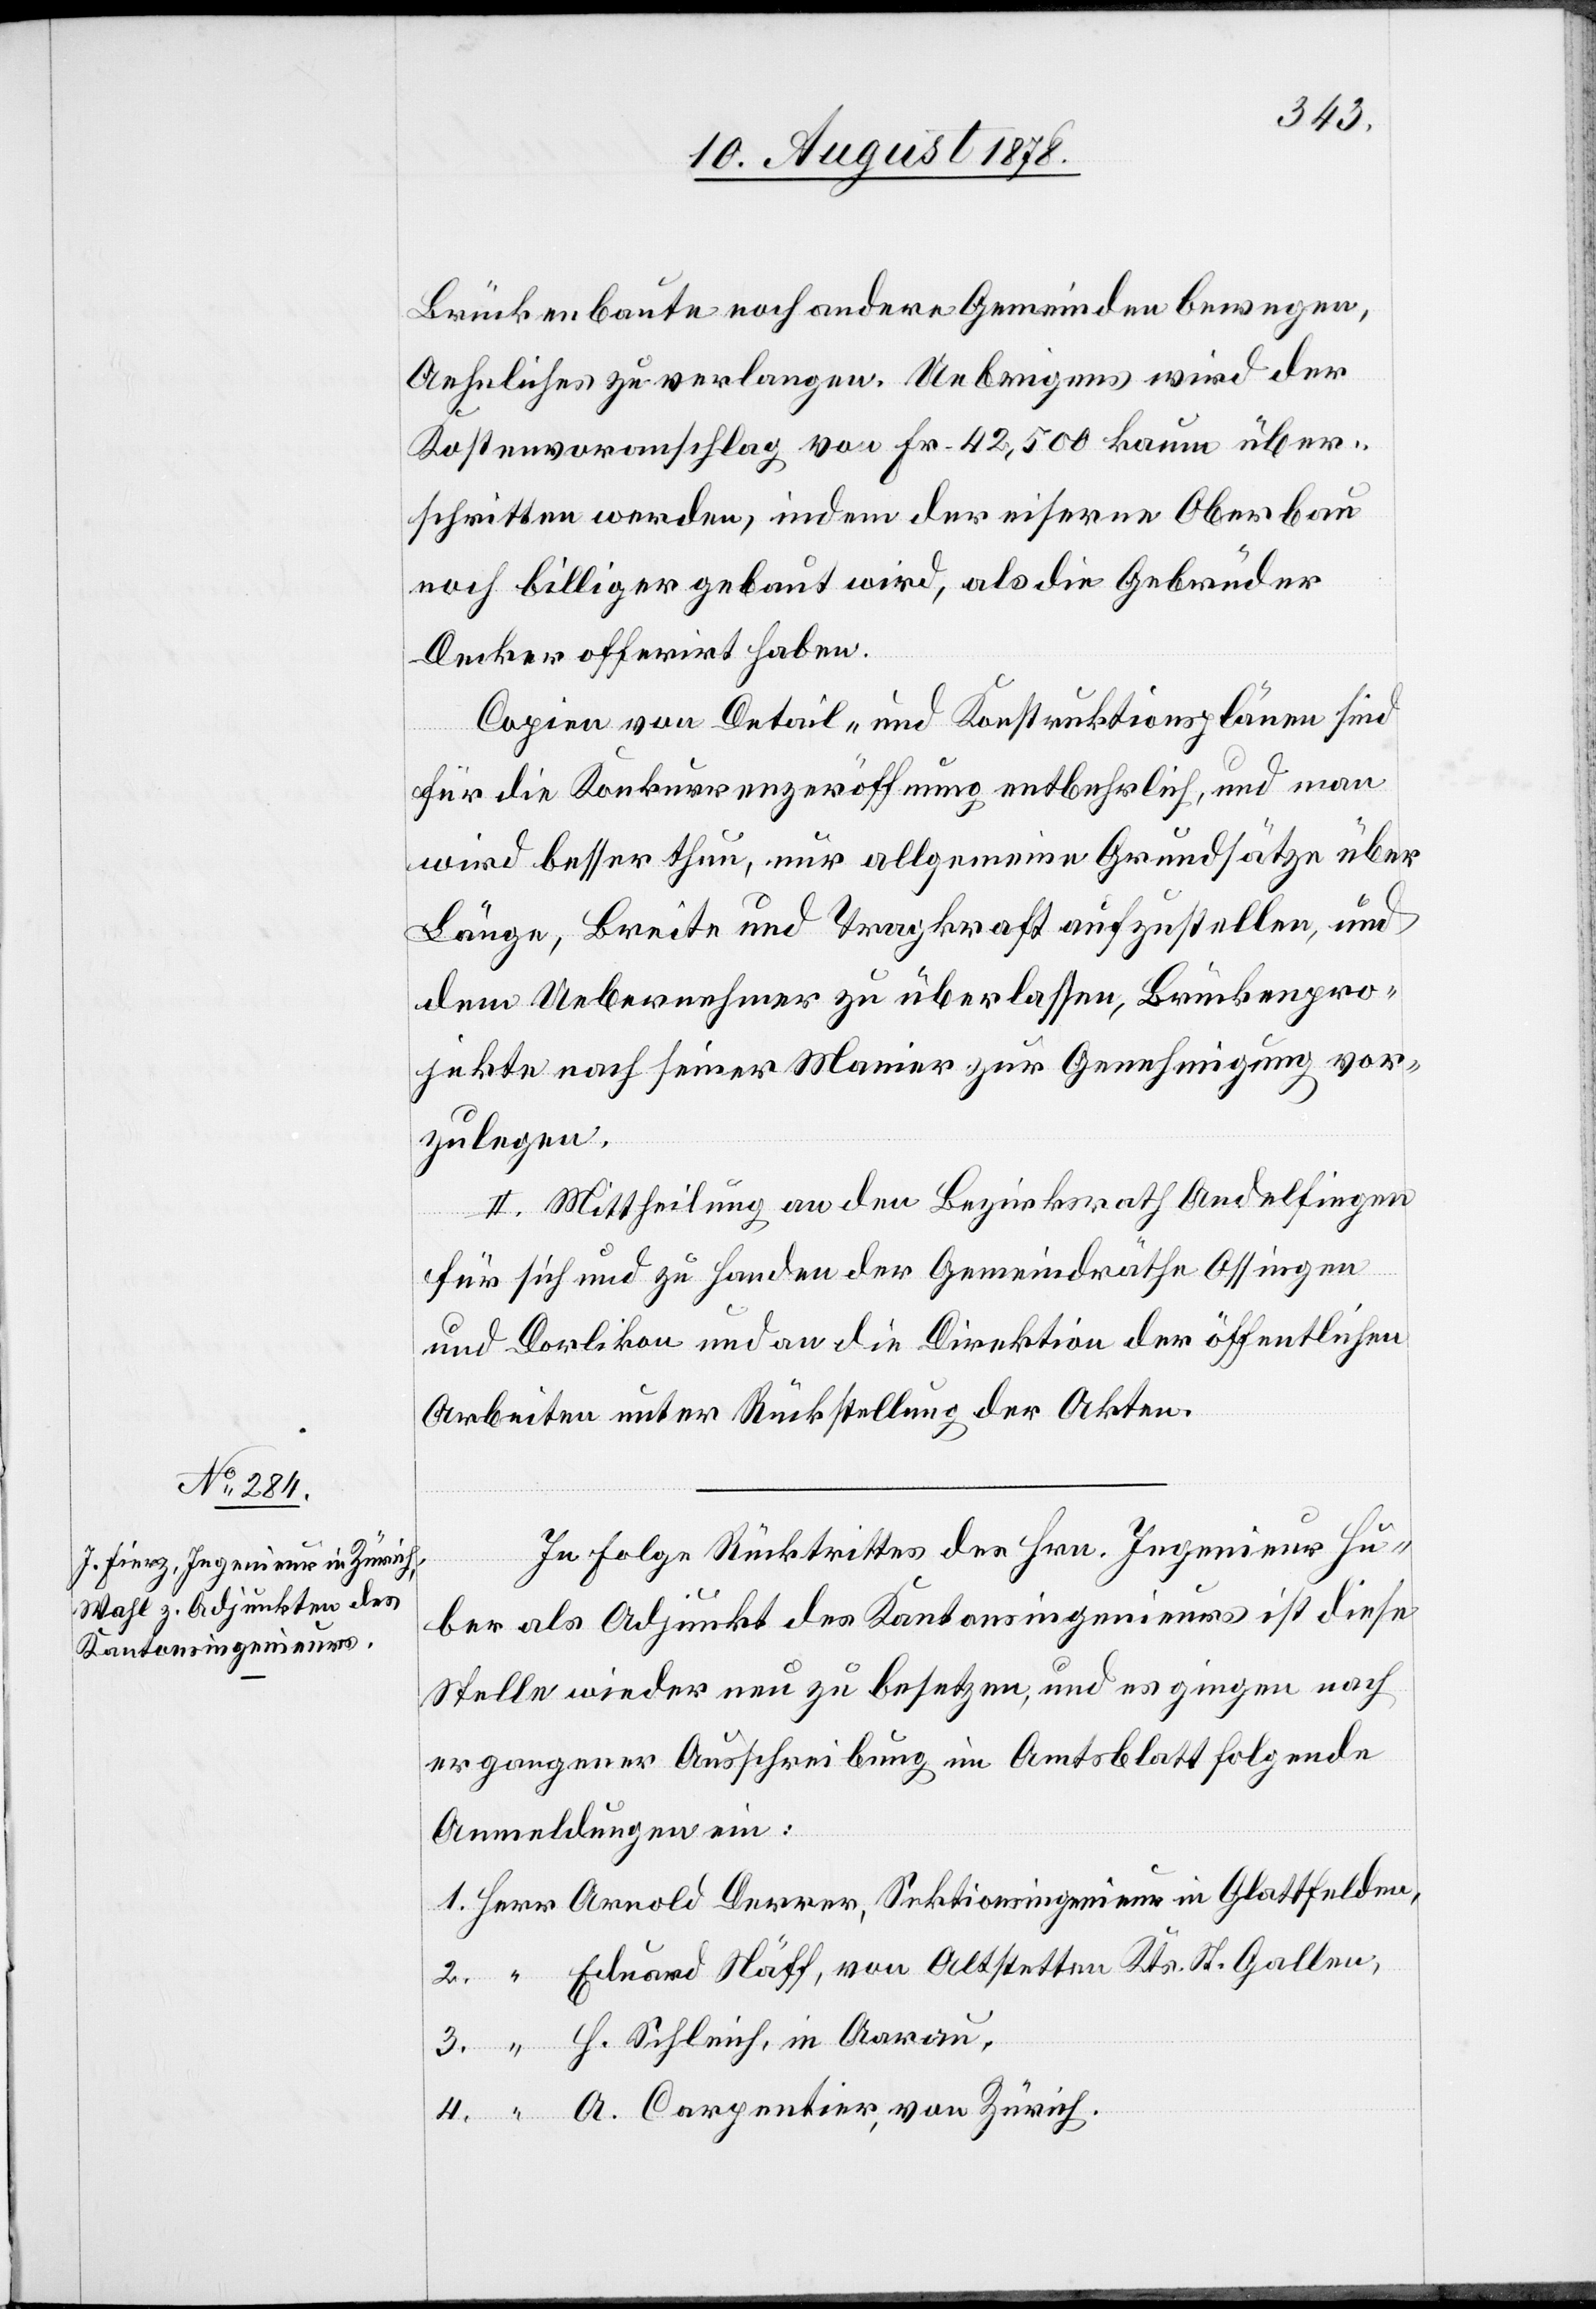
Brückenbaute noch andere Gemeinden bewegen,
Aehnliches zu verlangen. Uebrigens wird der
Kostenvoranschlag von Fr. 42,500 kaum über¬
schritten werden, indem der eiserne Oberbau
noch billiger gebaut wird, als die Gebrüder
Decker offerirt haben.
Copien von Detail- und Konstruktionsplänen sind
für die Konkurrenzeröffnung entbehrlich, und man
wird besser thun, nur allgemeine Grundsätze über
Länge, Breite und Tragkraft aufzustellen, und
dem Uebernehmer zu überlassen, Brückenpro¬
jekte nach seiner Manier zur Genehmigung vor¬
zulegen.
II. Mittheilung an den Bezirksrath Andelfingen
für sich und zu Handen der Gemeindräthe Ossingen
und Dorlikon und an die Direktion der öffentlichen
Arbeiten unter Rückstellung der Akten.
In Folge Rücktrittes des Hrn. Ingenieur Hu¬
ber als Adjunkt des Kantonsingenieurs ist diese
Stelle wieder neu zu besetzen, und es gingen nach
ergangener Ausschreibung im Amtsblatt folgende
Anmeldungen ein:
1. Herr Arnold Derrer, Sektionsingenieur in Glattfelden,
2. “ Eduard Näff, von Altstetten Kts. St. Gallen,
3. “ H. Schleich, in Aarau,
4. “ A. Carpentier, von Zürich.